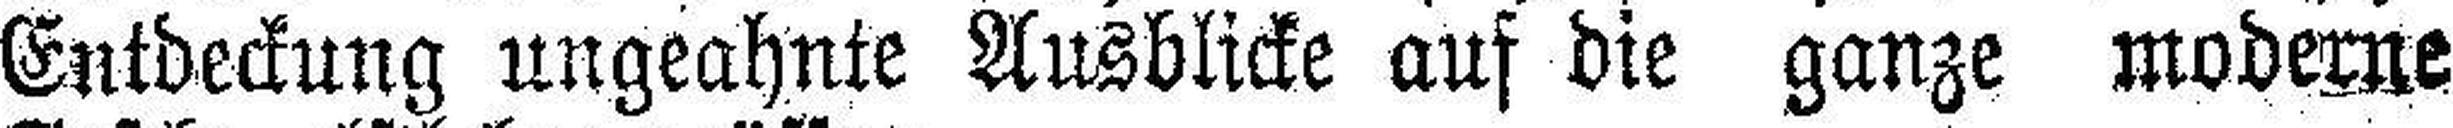
Entdeckung ungeahnte Ausblicke auf die ganze moderne